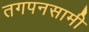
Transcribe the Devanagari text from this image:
तगपनसामी